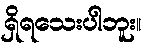
ရှိရသေးပါဘူး။